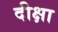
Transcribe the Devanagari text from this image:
दीक्षा